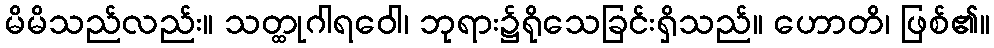
မိမိသည်လည်း။ သတ္ထုဂါရဝေါ၊ ဘုရား၌ရိုသေခြင်းရှိသည်။ ဟောတိ၊ ဖြစ်၏။